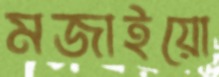
মজাইয়ো